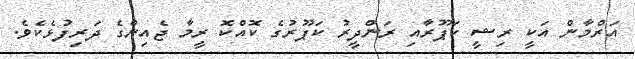
އަރްމާން އަކީ ރިޝީ ކަޕޫރާއި ރަންދީރު ކަޕޫރުގެ ކޮއްކޮ ރީމާ ޖެއިންގެ ދަރިފުޅެކެވެ.